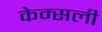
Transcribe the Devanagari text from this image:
केम्सली